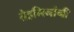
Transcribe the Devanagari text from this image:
तेहमिनांनी